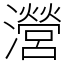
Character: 瀯